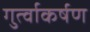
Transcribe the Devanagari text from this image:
गुर्त्वाकर्षण